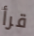
قرأ